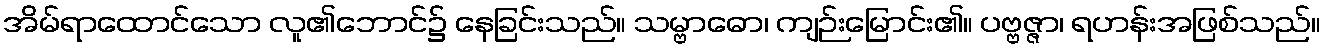
အိမ်ရာထောင်သော လူ၏ဘောင်၌ နေခြင်းသည်။ သမ္ဗာဓော၊ ကျဉ်းမြောင်း၏။ ပဗ္ဗဇ္ဇာ၊ ရဟန်းအဖြစ်သည်။